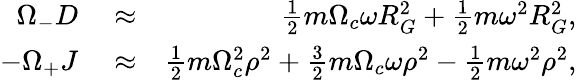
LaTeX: \begin{array}{rlr}{\Omega_{-}D}&{{}\approx}&{\frac{1}{2}m\Omega_{c}\omega R_{G}^{2}+\frac{1}{2}m\omega^{2}R_{G}^{2},}\\ {-\Omega_{+}J}&{{}\approx}&{\frac{1}{2}m\Omega_{c}^{2}\rho^{2}+\frac{3}{2}m\Omega_{c}\omega\rho^{2}-\frac{1}{2}m\omega^{2}\rho^{2},}\end{array}